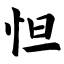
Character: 怛